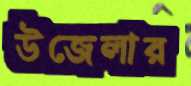
উজেলার